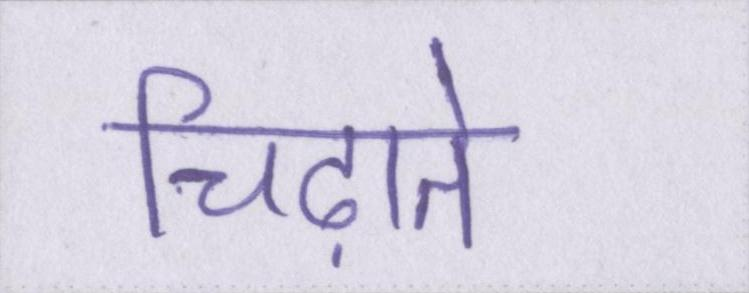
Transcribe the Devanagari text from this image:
चिढ़ाते